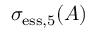
\sigma _ { \mathrm { e s s } , 5 } ( A )